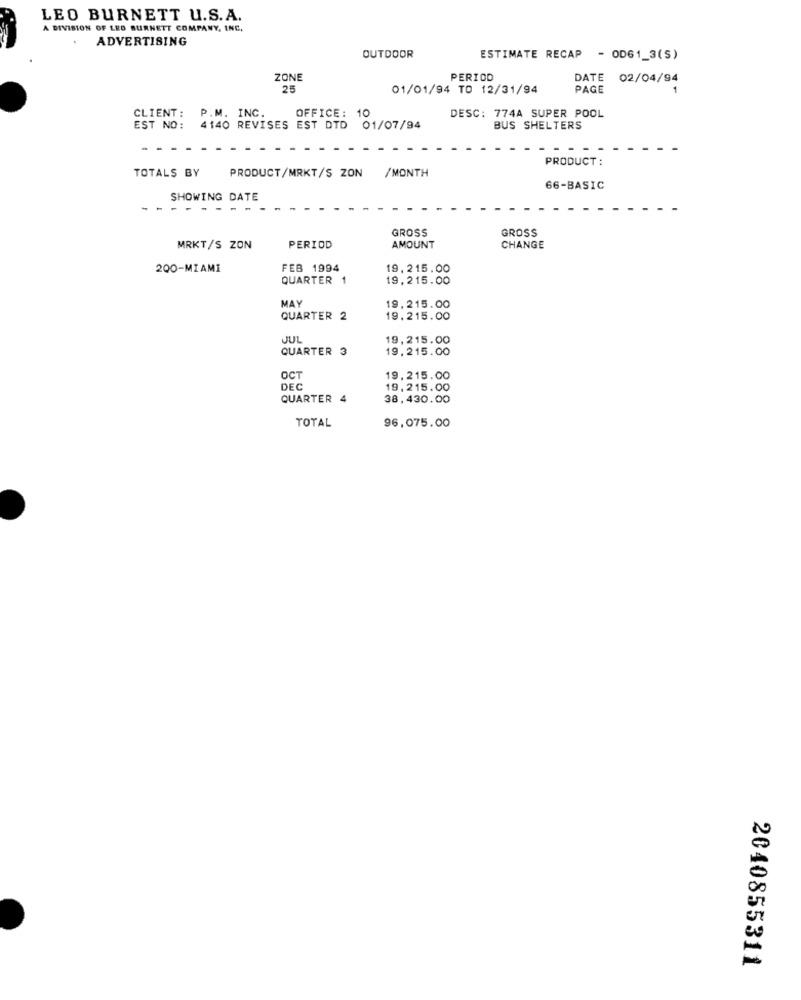
LEO BURNETT U.S.A.
A DIVISION OF LEO BURNETT COMPANY, INC.
ADVERTISING
OUTDOOR
ESTIMATE RECAP - OD61_3(S)
ZONE
PERIOD
DATE 02/04/94
25
01/01/94 TO 12/31/94
PAGE
OFFICE: 10
DESC: 774A SUPER POOL
CLIENT: P.M. INC.
EST NO :
4140 REVISES EST DTD 01/07/94
BUS SHELTERS
PRODUCT
TOTALS BY
PRODUCT/MRKT/S ZON /MONTH
66-BASIC
SHOWING DATE
-
- ----.
GROSS
GROSS
MRKT/S ZON
PERIOD
AMOUNT
CHANGE
200-MIAMI
FEB 1994
19.215.00
QUARTER
19,215.00
MAY
19,215.00
QUARTER 2
19.215.00
JUL
19,215.00
QUARTER 3
19.215.00
OCT
19.215.00
DEC
19.215.00
QUARTER 4
38,430.00
TOTAL
96,075.00
2040855311